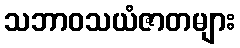
သဘာဝသယံဇာတများ